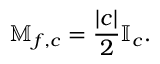
\mathbb { M } _ { f , c } = \frac { | c | } { 2 } \mathbb { I } _ { c } .